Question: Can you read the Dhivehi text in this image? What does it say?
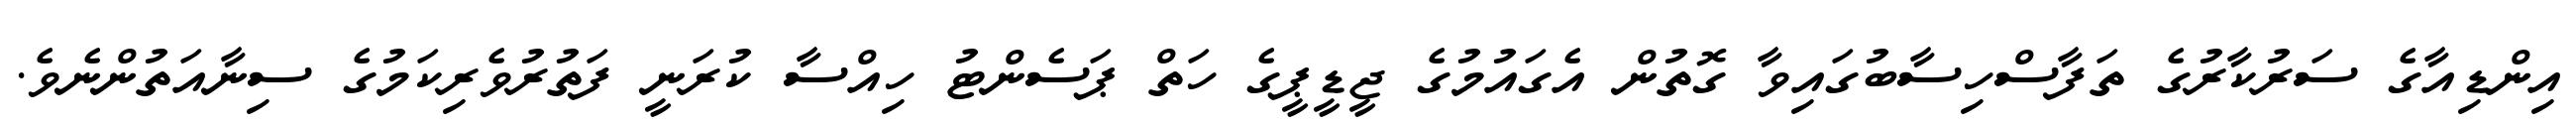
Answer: އިންޑިއާގެ ސަރުކާރުގެ ތަފާސްހިސާބުގައިވާ ގޮތުން އެގައުމުގެ ޖީޑީޕީގެ ހަތް ޕަސެންޓު ހިއްސާ ކުރަނީ ފަތުރުވެރިކަމުގެ ސިނާއަތުންނެވެ.